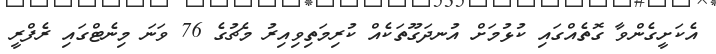
އެކަށީގެންވާ ގޮތެއްގައި ކުޅުމަށް އުނދަގޫތަކެއް ކުރިމަތިވިއިރު މެޗުގެ 76 ވަނަ މިނެޓްގައި ރެފްރީ